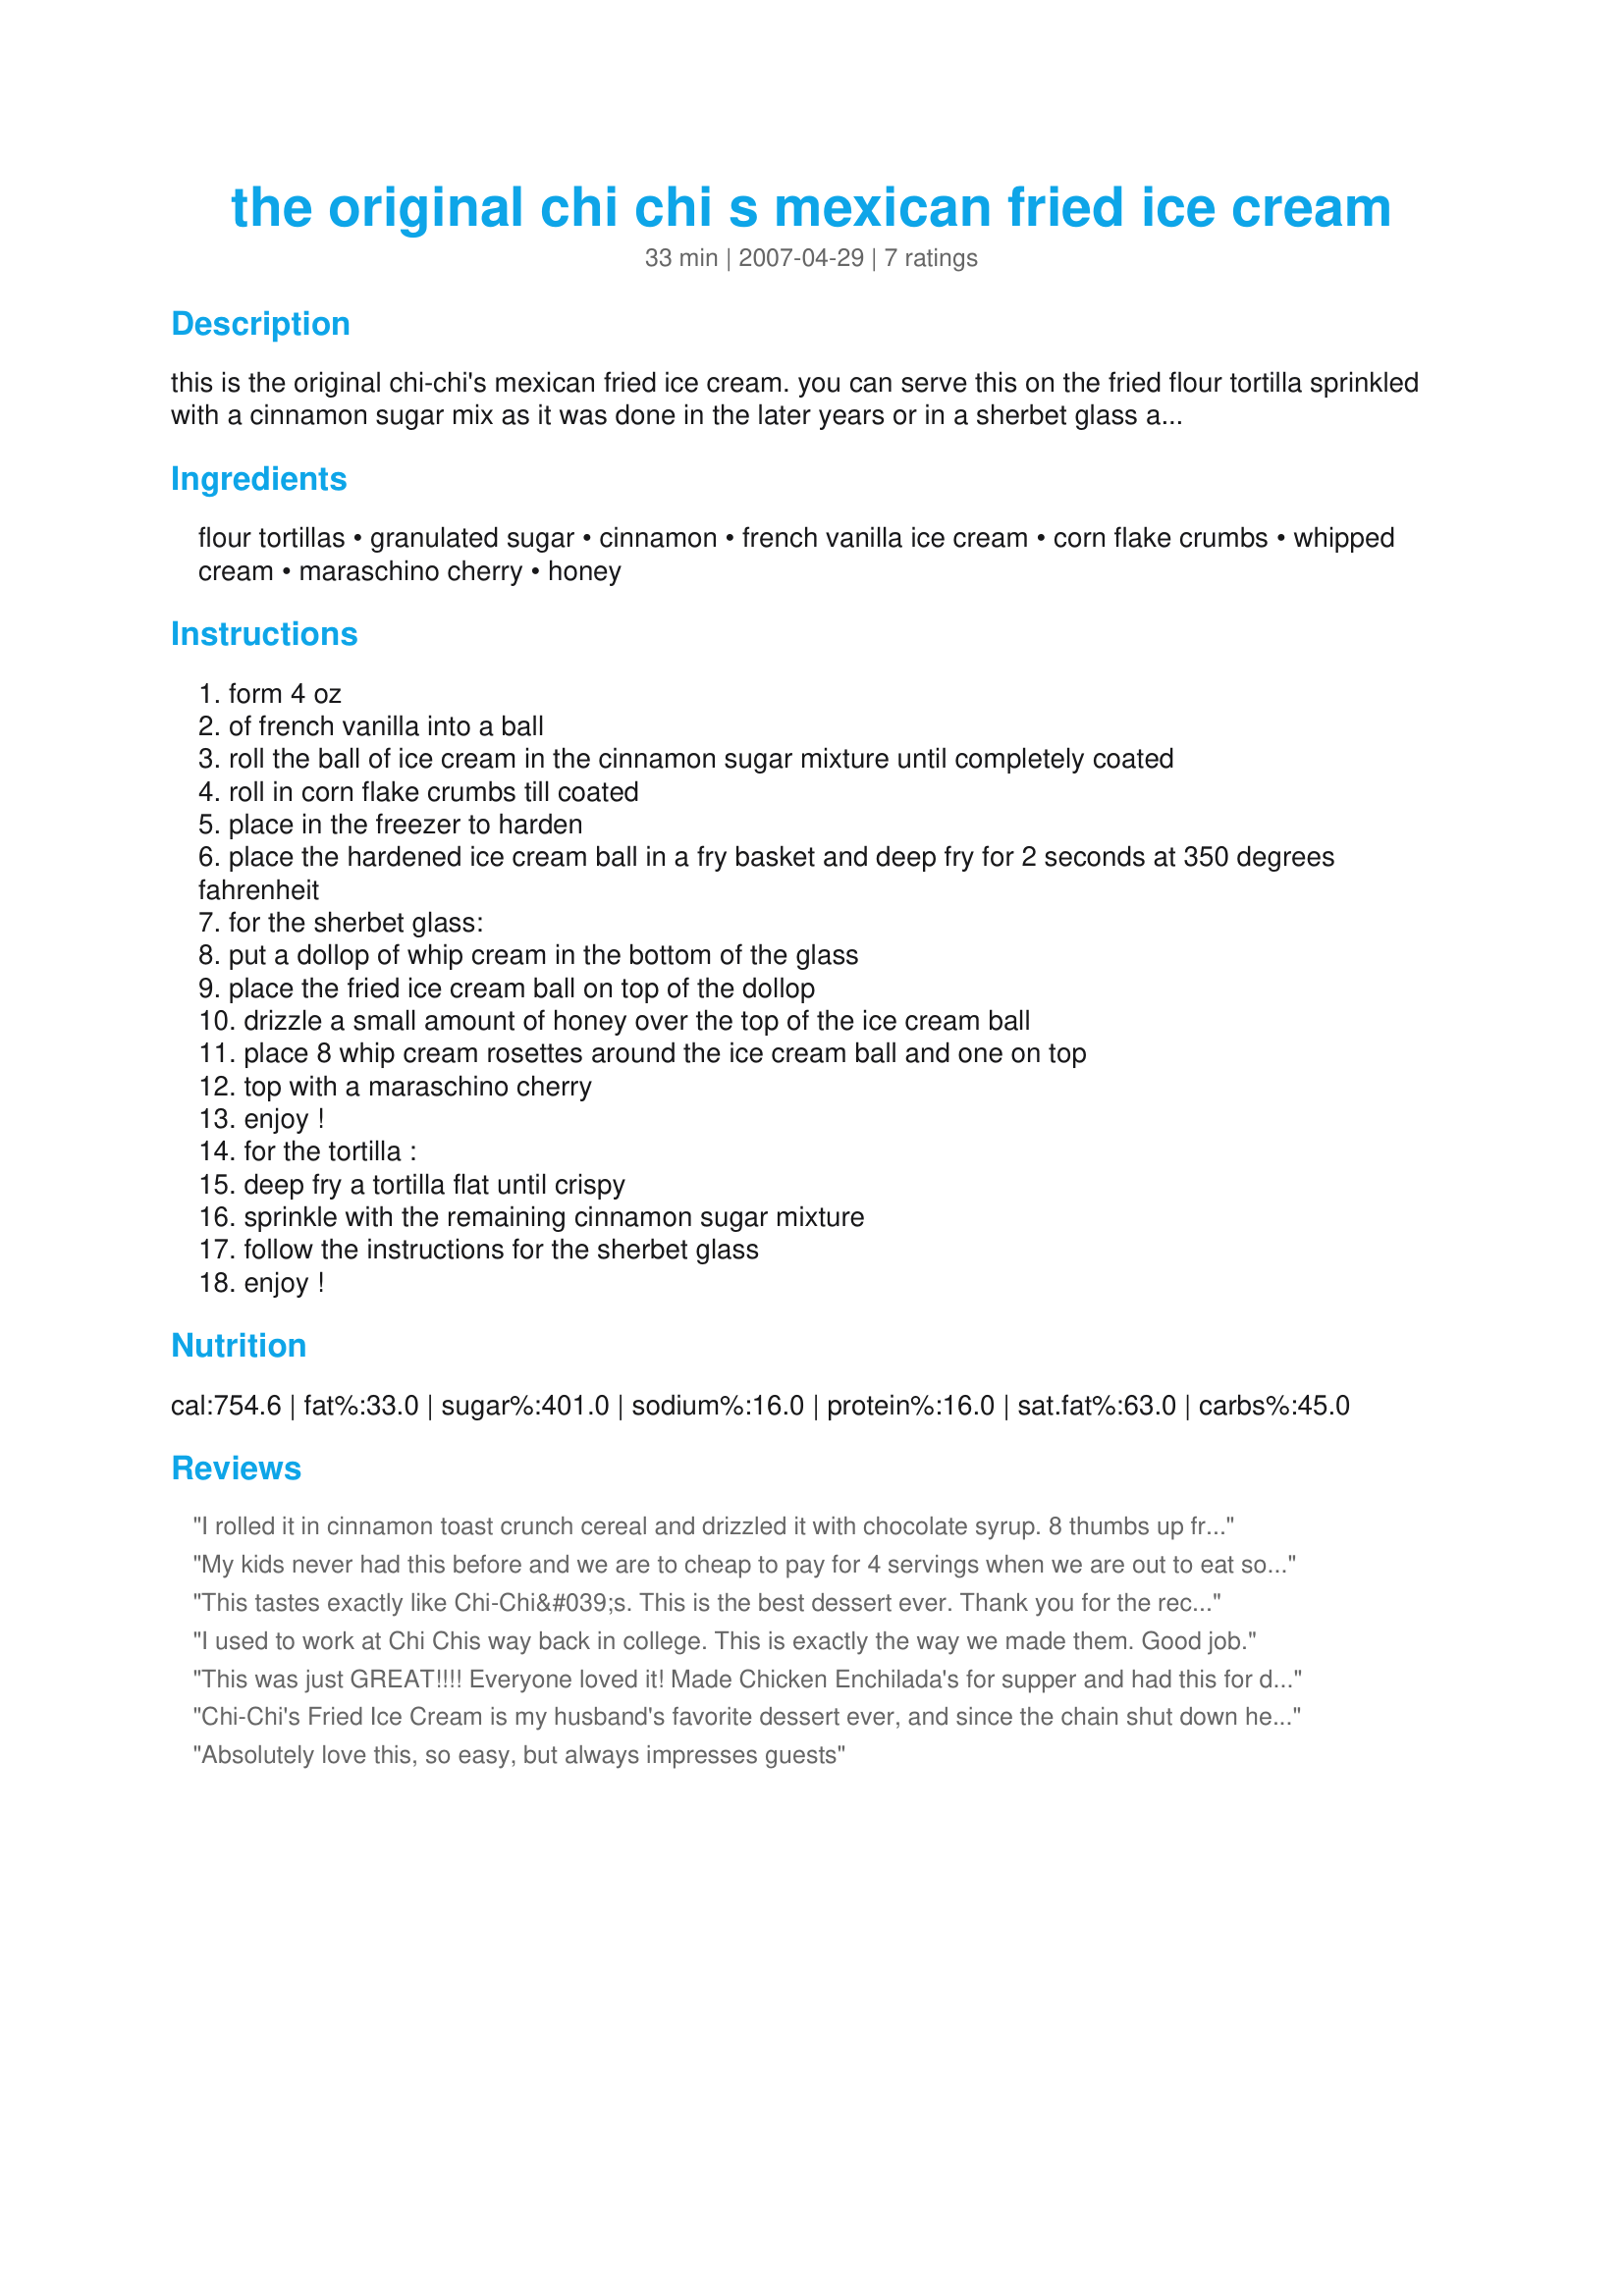
the original chi chi s mexican fried ice cream
Preparation time: 33 minutes

this is the original chi-chi's mexican fried ice cream. you can serve this on the fried flour tortilla sprinkled with a cinnamon sugar mix as it was done in the later years or in a sherbet glass as it was in the early 80's. at one point we even offered these in chocolate and strawberry as well. prep time is for the ice cream ball to harden.

Ingredients:
flour tortillas, granulated sugar, cinnamon, french vanilla ice cream, corn flake crumbs, whipped cream, maraschino cherry, honey

Steps:
form 4 oz
of french vanilla into a ball
roll the ball of ice cream in the cinnamon sugar mixture until completely coated
roll in corn flake crumbs till coated
place in the freezer to harden
place the hardened ice cream ball in a fry basket and deep fry for 2 seconds at 350 degrees fahrenheit
for the sherbet glass:
put a dollop of whip cream in the bottom of the glass
place the fried ice cream ball on top of the dollop
drizzle a small amount of honey over the top of the ice cream ball
place 8 whip cream rosettes around the ice cream ball and one on top
top with a maraschino cherry
enjoy !
for the tortilla :
deep fry a tortilla flat until crispy
sprinkle with the remaining cinnamon sugar mixture
follow the instructions for the sherbet glass
enjoy !

Reviews:
I rolled it in cinnamon toast crunch cereal and drizzled it with chocolate syrup. 8 thumbs up from the 4 of us.
My kids never had this before and we are to cheap to pay for 4 servings when we are out to eat so we made this and everyone loved it! It will be a family favorite forever.
This tastes exactly like Chi-Chi&#039;s. This is the best dessert ever. Thank you for the recipe.
I used to work at Chi Chis way back in college. This is exactly the way we made them. Good job.
This was just GREAT!!!! Everyone loved it! Made Chicken Enchilada's for supper and had this for dessert.

You have got to try this...Had with a coffee and really enjoyed it.

Thanks
Tapout
Chi-Chi's Fried Ice Cream is my husband's favorite dessert ever, and since the chain shut down he has missed it tons. Any other that we tried just didn't compare. I surprised him with this and he was ecstatic! It is delicious and tastes just like Chi-Chi's. Thank you for this recipe (and the Pollo Magnifico too)!
Absolutely love this, so easy, but always impresses guests
